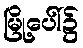
မြို့ပေါ်၌